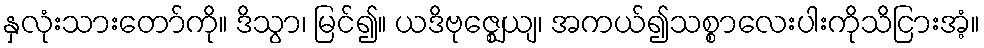
နှလုံးသားတော်ကို။ ဒိသွာ၊ မြင်၍။ ယဒိဗုဇ္ဈေယျ၊ အကယ်၍သစ္စာလေးပါးကိုသိငြားအံ့။